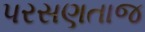
પરસણતાજ